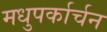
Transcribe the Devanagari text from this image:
मधुपर्कार्चन